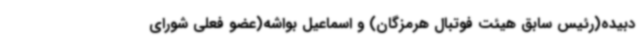
دبیده(رئیس سابق هیئت فوتبال هرمزگان) و اسماعیل بواشه(عضو فعلی شورای